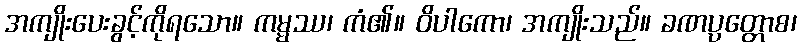
အကျိုးပေးခွင့်ကိုရသော။ ကမ္မဿ၊ ကံ၏။ ဝိပါကော၊ အကျိုးသည်။ ခဏပ္ပတ္တောစ၊